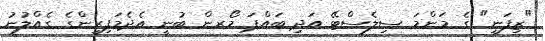
"ޒިފަނީ" ގެ މަންމަ ސިލެސްޓޭ އަދި ބައްޕަ މޯރން ބުނީ އެދެމަފިރިންގެ ގެއްލުނު